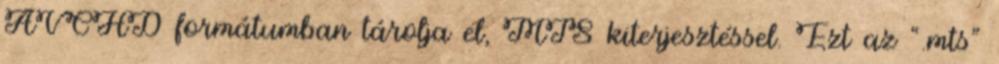
AVCHD formátumban tárolja el, MTS kiterjesztéssel. Ezt az “.mts”